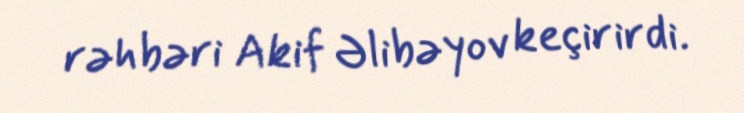
rəhbəri Akif Əlibəyov keçirirdi.